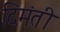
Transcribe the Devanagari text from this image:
दिमंती